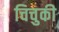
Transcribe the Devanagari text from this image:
चिचुकी